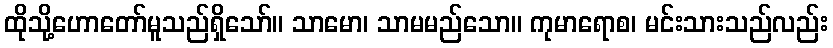
ထိုသို့ဟောတော်မူသည်ရှိသော်။ သာမော၊ သာမမည်သော။ ကုမာရောစ၊ မင်းသားသည်လည်း